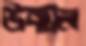
উন্মূল